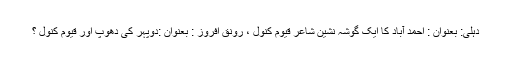
دہلی: بعنوان : احمد آباد کا ایک گوشہ نشین شاعر قیوم کنولؔ ، رونق افروزؔ : بعنوان :دوپہر کی دھوپ اور قیوم کنولؔ ؟